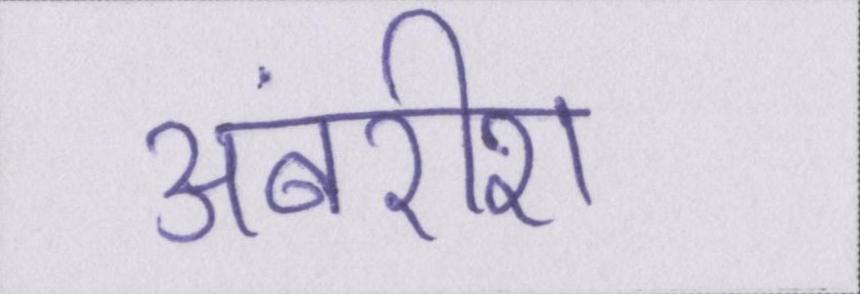
अंबरीश